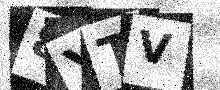
Text: 8YTV